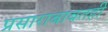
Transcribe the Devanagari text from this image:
प्रसाराबाबतही